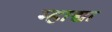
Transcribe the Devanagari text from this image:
म्हाद्या